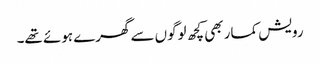
رویش کمار بھی کچھ لوگوں سے گھرے ہوئے تھے۔